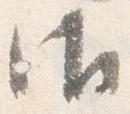
御